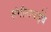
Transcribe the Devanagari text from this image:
संगीताबाईंचे